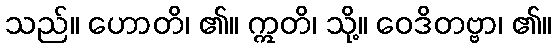
သည်။ ဟောတိ၊ ၏။ ဣတိ၊ သို့။ ဝေဒိတဗ္ဗာ၊ ၏။